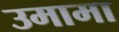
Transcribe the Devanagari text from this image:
उमामा